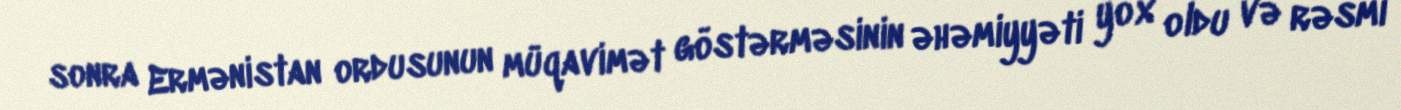
sonra Ermənistan ordusunun müqavimət göstərməsinin əhəmiyyəti yox oldu və rəsmi